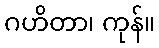
ဂဟိတာ၊ ကုန်။